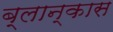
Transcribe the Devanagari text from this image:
ब्लान्कास